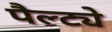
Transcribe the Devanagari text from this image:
पैल्ट्ये